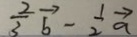
\frac { 2 } { 3 } \overrightarrow { b } - \frac { 1 } { 2 } \overrightarrow { a }